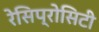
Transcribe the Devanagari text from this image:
रेसिप्रोसिटी